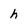
Character: h